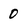
Character: 0